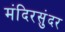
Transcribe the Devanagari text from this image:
मंदिरसुंदर